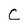
Character: c